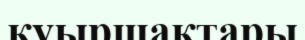
қуыршақтары